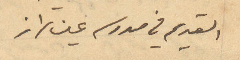
القديم في مدرسه عين تراز